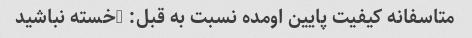
متاسفانه کیفیت پایین اومده نسبت به قبل: (خسته نباشید